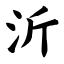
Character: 沂